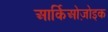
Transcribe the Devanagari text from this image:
आर्किओज़ोइक